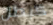
كبطل